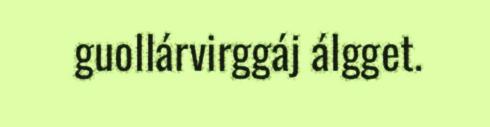
guollárvirggáj álgget.